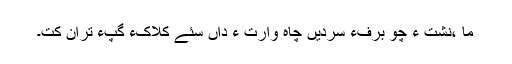
ما ،نشت ءُ چو برفءَ سردیں چاہ وارت ءُ داں سئے کلاکءَ گپّءُ تران کت۔